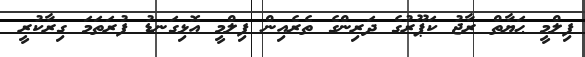
ފިލްމީ ޙަޔާތް ރާޖު ކަޕޫރުގެ ދަރިންގެ ތެރެއިން ފިލްމީ އޮޅިގަނޑު ފުރަތަމަ ގިރާކުރީ